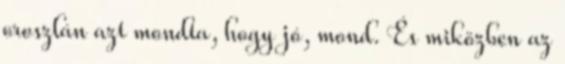
oroszlán azt mondta, hogy jó, mond. És miközben az